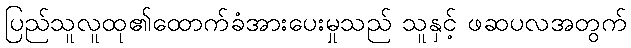
ပြည်သူလူထု၏ထောက်ခံအားပေးမှုသည် သူနှင့် ဖဆပလအတွက်